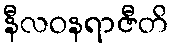
နီလဝနရာဇီတိ